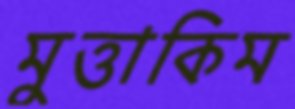
মুত্তাকিম